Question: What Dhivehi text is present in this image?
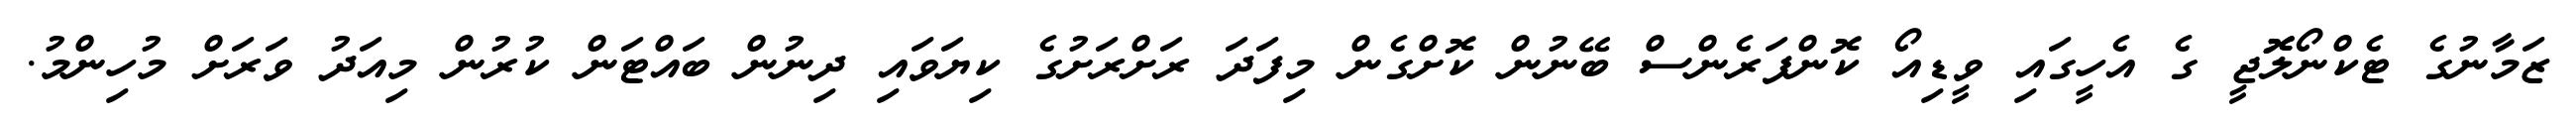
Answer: ޒަމާނުގެ ޓެކްނޯލޮޮޖީ ގެ އެހީގައި ވީޑިއޯ ކޮންފަރެންސް ބޭނުން ކޮށްގެން މިފަދަ ރަށްރަށުގެ ކިޔަވައި ދިނުން ބައްޓަން ކުރުން މިއަދު ވަރަށް މުހިންމު.